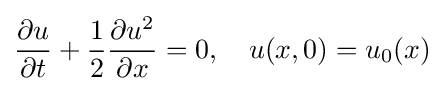
{\frac {\partial u}{\partial t}}+{\frac {1}{2}}{\frac {\partial u^{2}}{\partial x}}=0,\quad u(x,0)=u_{0}(x)